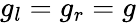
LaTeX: g_{l}=g_{r}=g